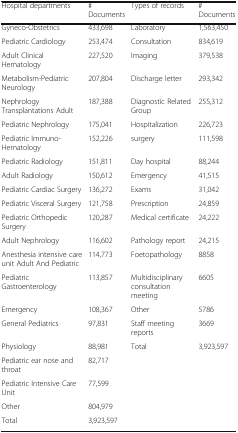
<table><thead><tr><td><b>Hospital departments</b></td><td><b># Documents</b></td><td><b>Types of records</b></td><td><b># Documents</b></td></tr></thead><tbody><tr><td>Gyneco-Obstetrics</td><td>433,698</td><td>Laboratory</td><td>1,563,450</td></tr><tr><td>Pediatric Cardiology</td><td>253,474</td><td>Consultation</td><td>834,619</td></tr><tr><td>Adult Clinical Hematology</td><td>227,520</td><td>Imaging</td><td>379,538</td></tr><tr><td>Metabolism-Pediatric Neurology</td><td>207,804</td><td>Discharge letter</td><td>293,342</td></tr><tr><td>Nephrology Transplantations Adult</td><td>187,388</td><td>Diagnostic Related Group</td><td>255,312</td></tr><tr><td>Pediatric Nephrology</td><td>175,041</td><td>Hospitalization</td><td>226,723</td></tr><tr><td>Pediatric Immuno-Hematology</td><td>152,226</td><td>surgery</td><td>111,598</td></tr><tr><td>Pediatric Radiology</td><td>151,811</td><td>Day hospital</td><td>88,244</td></tr><tr><td>Adult Radiology</td><td>150,612</td><td>Emergency</td><td>41,515</td></tr><tr><td>Pediatric Cardiac Surgery</td><td>136,272</td><td>Exams</td><td>31,042</td></tr><tr><td>Pediatric Visceral Surgery</td><td>121,758</td><td>Prescription</td><td>24,859</td></tr><tr><td>Pediatric Orthopedic Surgery</td><td>120,287</td><td>Medical certificate</td><td>24,222</td></tr><tr><td>Adult Nephrology</td><td>116,602</td><td>Pathology report</td><td>24,215</td></tr><tr><td>Anesthesia intensive care unit Adult And Pediatric</td><td>114,773</td><td>Foetopathology</td><td>8858</td></tr><tr><td>Pediatric Gastroenterology</td><td>113,857</td><td>Multidisciplinary consultation meeting</td><td>6605</td></tr><tr><td>Emergency</td><td>108,367</td><td>Other</td><td>5786</td></tr><tr><td>General Pediatrics</td><td>97,831</td><td>Staff meeting reports</td><td>3669</td></tr><tr><td>Physiology</td><td>88,981</td><td>Total</td><td>3,923,597</td></tr><tr><td>Pediatric ear nose and throat</td><td>82,717</td><td></td><td></td></tr><tr><td>Pediatric Intensive Care Unit</td><td>77,599</td><td></td><td></td></tr><tr><td>Other</td><td>804,979</td><td></td><td></td></tr><tr><td>Total</td><td>3,923,597</td><td></td><td></td></tr></tbody></table>